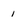
Character: 1